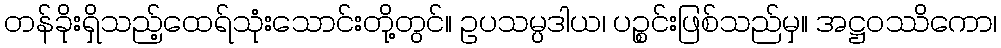
တန်ခိုးရှိသည့်ထေရ်သုံးသောင်းတို့တွင်။ ဥပသမ္ပဒါယ၊ ပဉ္စင်းဖြစ်သည်မှ။ အဋ္ဌဝဿိကော၊